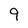
Character: 9